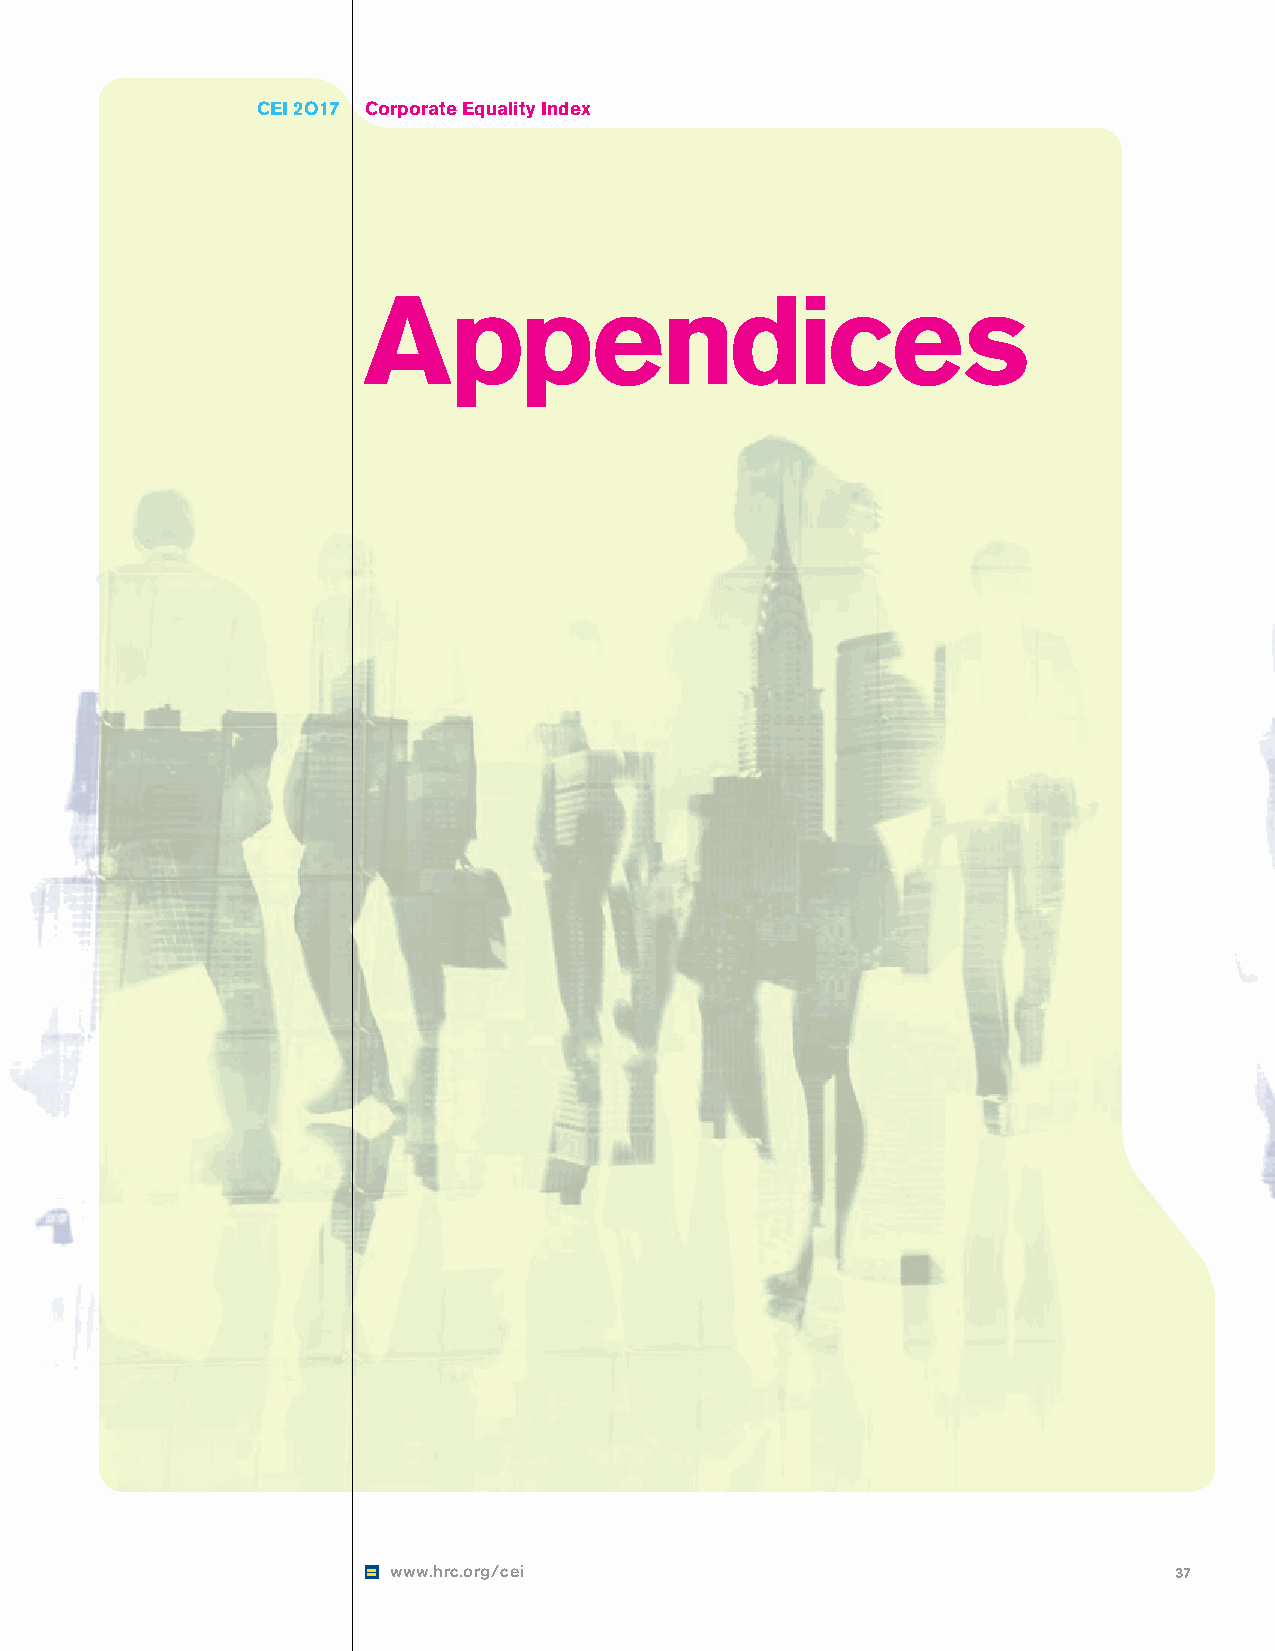
CEI 2O17 Corporate Equality Index
 Appendices
 www.hrc.org/cei                                     37